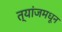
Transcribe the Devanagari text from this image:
त्यांजमधून